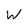
Character: W